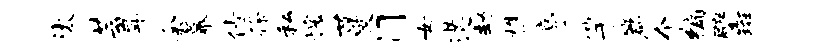
汰芸戽余幕倩徐私愧蔓门女遘劫樵亭竽篇个编壁斑